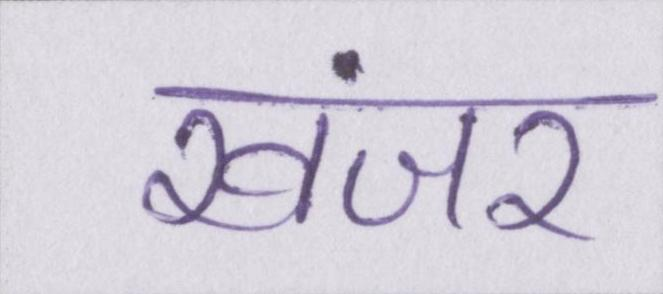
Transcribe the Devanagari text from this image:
खंजर